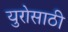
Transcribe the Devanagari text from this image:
युरोसाठी